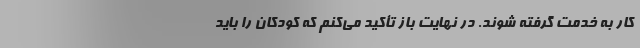
کار به خدمت گرفته شوند. در نهایت باز تأکید می‌کنم که کودکان را باید